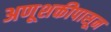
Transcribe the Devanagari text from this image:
अणूशक्तीपासून